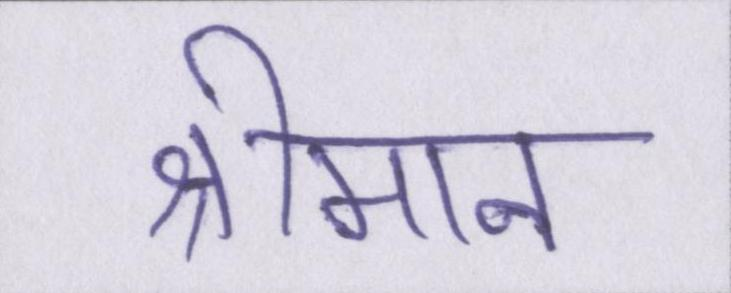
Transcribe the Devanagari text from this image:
श्रीमान